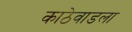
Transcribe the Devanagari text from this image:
काठेवाडला